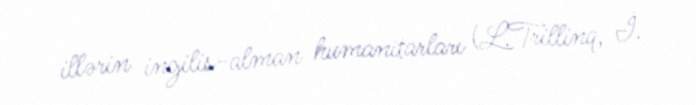
illərin ingilis-alman humanitarları (L.Trillinq, İ.